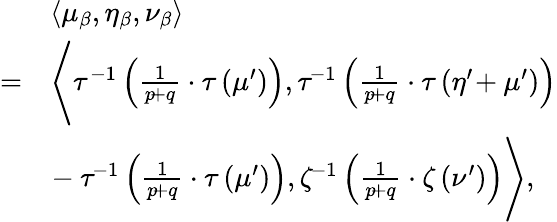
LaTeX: \begin{array}{rl}&{\left\langle\mu_{\beta},\eta_{\beta},\nu_{\beta}\right\rangle}\\ {=}&{\Bigg\langle\tau^{-1}\left(\frac{1}{p\! +q}\cdot\tau\left(\mu^{\prime}\right)\right),\tau^{\! -1}\left(\frac{1}{p\! +q}\cdot\tau\left(\eta^{\prime}\! +\mu^{\prime}\right)\right)\Bigg.}\\ &{\Bigg.\! -\tau^{\! -1}\left(\frac{1}{p\! +q}\cdot\tau\left(\mu^{\prime}\right)\right),\zeta^{\! -1}\left(\frac{1}{p\! +q}\cdot\zeta\left(\nu^{\prime}\right)\right)\Bigg\rangle,}\end{array}